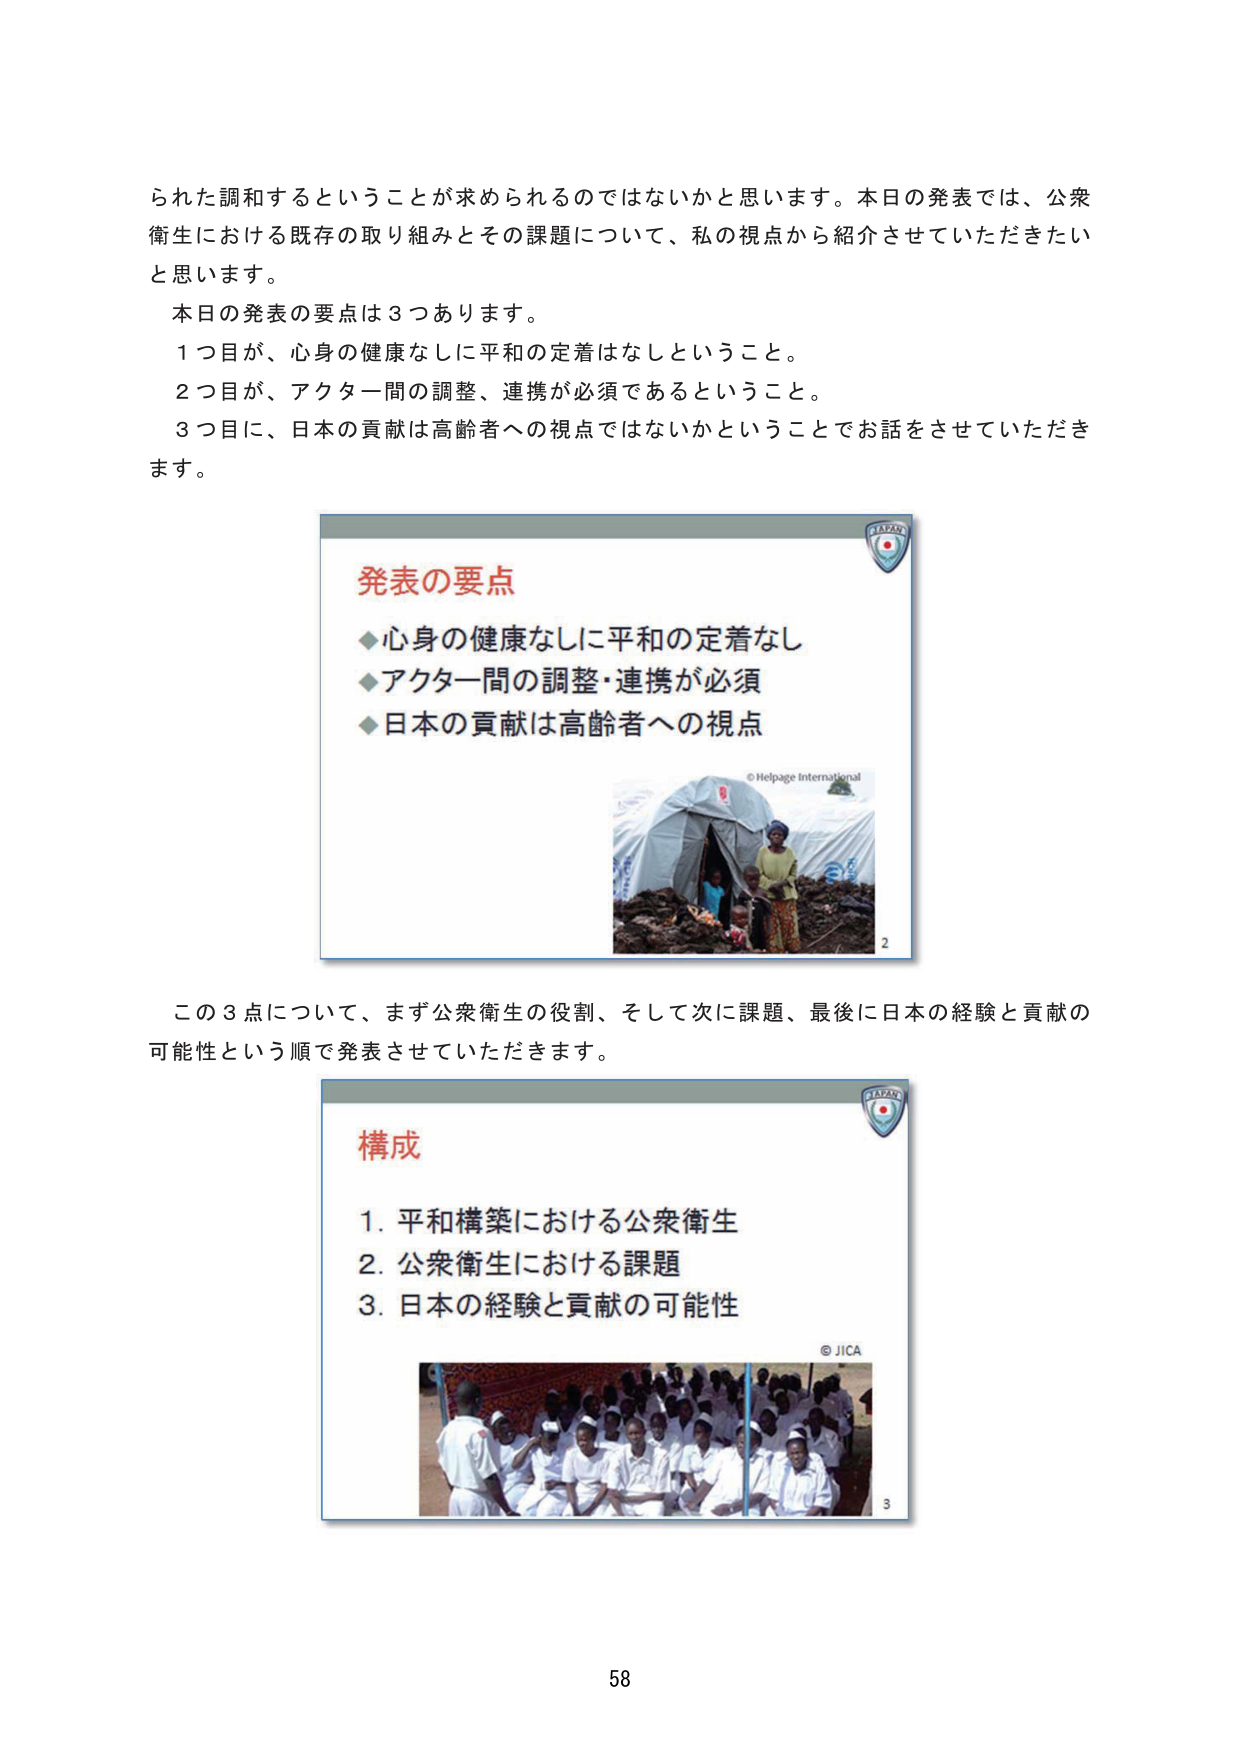
られた調和するということが求められるのではないかと思います。本日の発表では、公衆衛生における既存の取り組みとその課題について、私の視点から紹介させていただきたいと思います。

本日の発表の要点は３つあります。
１つ目が、心身の健康なしに平和の定着はなしということ。
２つ目が、アクター間の調整、連携が必須であるということ。
３つ目に、日本の貢献は高齢者への視点ではないかということでお話をさせていただきます。

発表の要点
◆心身の健康なしに平和の定着なし
◆アクター間の調整・連携が必須
◆日本の貢献は高齢者への視点
© Helpage International

この３点について、まず公衆衛生の役割、そして次に課題、最後に日本の経験と貢献の可能性という順で発表させていただきます。

構成
1. 平和構築における公衆衛生
2. 公衆衛生における課題
3. 日本の経験と貢献の可能性
© JICA

58